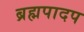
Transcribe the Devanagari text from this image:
ब्रह्मपादप